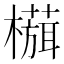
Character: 𬄻